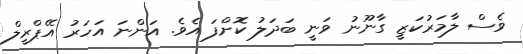
ވެސް ލާމަރުކަޒީ ގާނޫނު ވަނީ ބަދަލު ކޮށްފަ އެވެ. އަންނަ އަހަރު އޭޕްރީލް